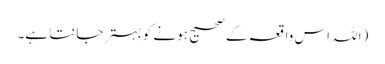
(اللہ اس واقعہ کے صحیح ہونے کو بہتر جانتا ہے۔